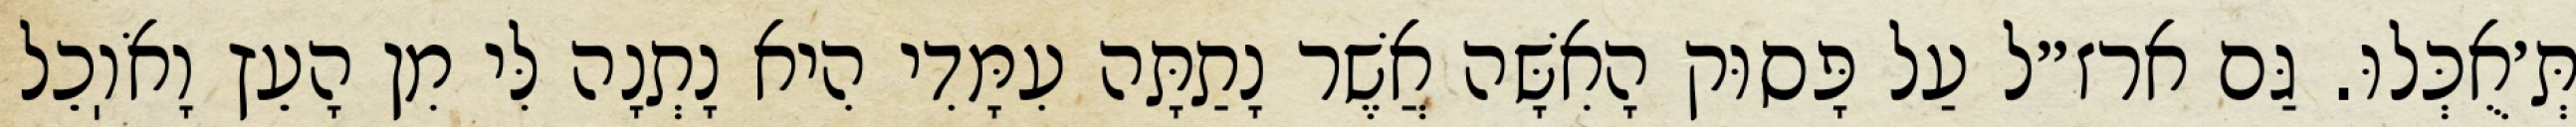
תְּ׳אֻכְּלוּ. גַּם ארז״ל עַל פָּסוּק הָאִשָּׁה אֲשֶׁר נָתַתָּה עִמָּדִי הִיא נָתְנָה לִּי מִן הָעֵץ וָאֹוֽכֵל